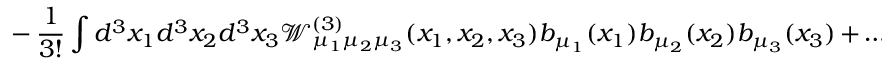
\, - \, \frac { 1 } { 3 ! } \int d ^ { 3 } x _ { 1 } d ^ { 3 } x _ { 2 } d ^ { 3 } x _ { 3 } { \mathcal W } _ { \mu _ { 1 } \mu _ { 2 } \mu _ { 3 } } ^ { ( 3 ) } ( x _ { 1 } , x _ { 2 } , x _ { 3 } ) b _ { \mu _ { 1 } } ( x _ { 1 } ) b _ { \mu _ { 2 } } ( x _ { 2 } ) b _ { \mu _ { 3 } } ( x _ { 3 } ) \, + \, \ldots